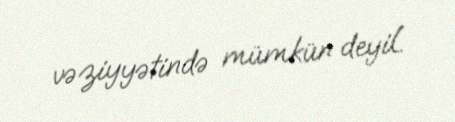
vəziyyətində mümkün deyil.